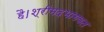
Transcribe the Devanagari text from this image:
है।श्रीमदभागवत